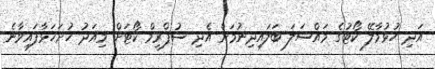
އަދި ހުޅުމާލޭ ކޯޓުގެ މައްސަލަ ބަލައިދިނުމަށް އެދި ސުޕްރީމް ކޯޓަށް މިއަދު ހުށަހަޅާފައިވާނެ